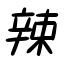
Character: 辣